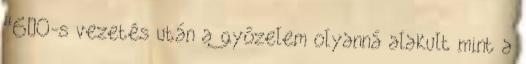
“6–0-s vezetés után a győzelem olyanná alakult mint a